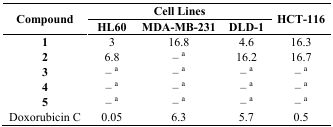
| <ROWSPAN=2> Compound | <COLSPAN=3> Cell Lines | <ROWSPAN=2> HCT-116 |
 | HL60 | MDA-MB-231 | DLD-1 |
 | --- | --- | --- | --- | --- |
 | 1 | 3 | 16.8 | 4.6 | 16.3 |
 | 2 | 6.8 | – a | 16.2 | 16.7 |
 | 3 | – a | – a | – a | – a |
 | 4 | – a | – a | – a | – a |
 | 5 | – a | – a | – a | – a |
 | Doxorubicin C | 0.05 | 6.3 | 5.7 | 0.5 |